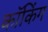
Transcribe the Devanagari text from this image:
कॉकिंग